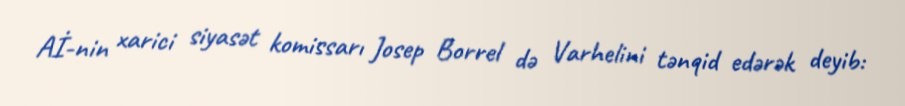
Aİ-nin xarici siyasət komissarı Josep Borrel də Varhelini tənqid edərək deyib: